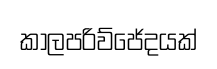
කාලපරිව්ජේදයක්